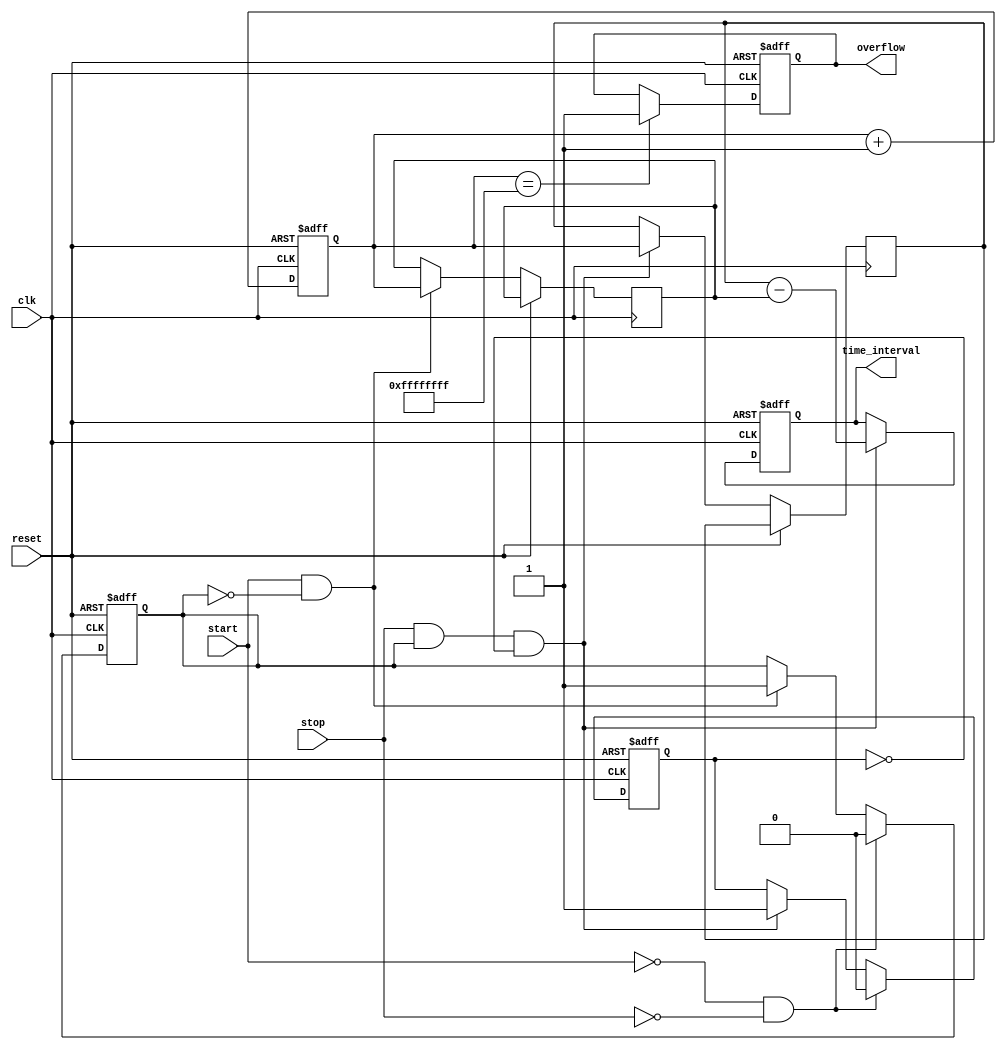
module TDC (
    input wire clk,               // Clock signal
    input wire reset,             // Reset signal
    input wire start,             // Start signal
    input wire stop,              // Stop signal
    output reg [31:0] time_interval, // Measured time interval
    output reg overflow           // Overflow indicator
);

    reg [31:0] counter;           // Counter for elapsed time
    reg [31:0] start_time;        // Time at start event
    reg [31:0] stop_time;         // Time at stop event
    reg start_detected;           // Flag for start detection
    reg stop_detected;            // Flag for stop detection

    // Counter logic
    always @(posedge clk or posedge reset) begin
        if (reset) begin
            counter <= 32'b0;
            time_interval <= 32'b0;
            overflow <= 1'b0;
            start_detected <= 1'b0;
            stop_detected <= 1'b0;
        end else begin
            // Increment the counter
            counter <= counter + 1;

            // Check for overflow
            if (counter == 32'hFFFFFFFF) begin
                overflow <= 1'b1; // Set overflow flag
            end

            // Detect start signal
            if (start && !start_detected) begin
                start_time <= counter; // Capture the counter value at start
                start_detected <= 1'b1; // Set start detected flag
            end

            // Detect stop signal
            if (stop && start_detected && !stop_detected) begin
                stop_time <= counter; // Capture the counter value at stop
                time_interval <= stop_time - start_time; // Calculate time interval
                stop_detected <= 1'b1; // Set stop detected flag
            end

            // Reset detection flags if both signals are inactive
            if (!start && !stop) begin
                start_detected <= 1'b0;
                stop_detected <= 1'b0;
            end
        end
    end

endmodule